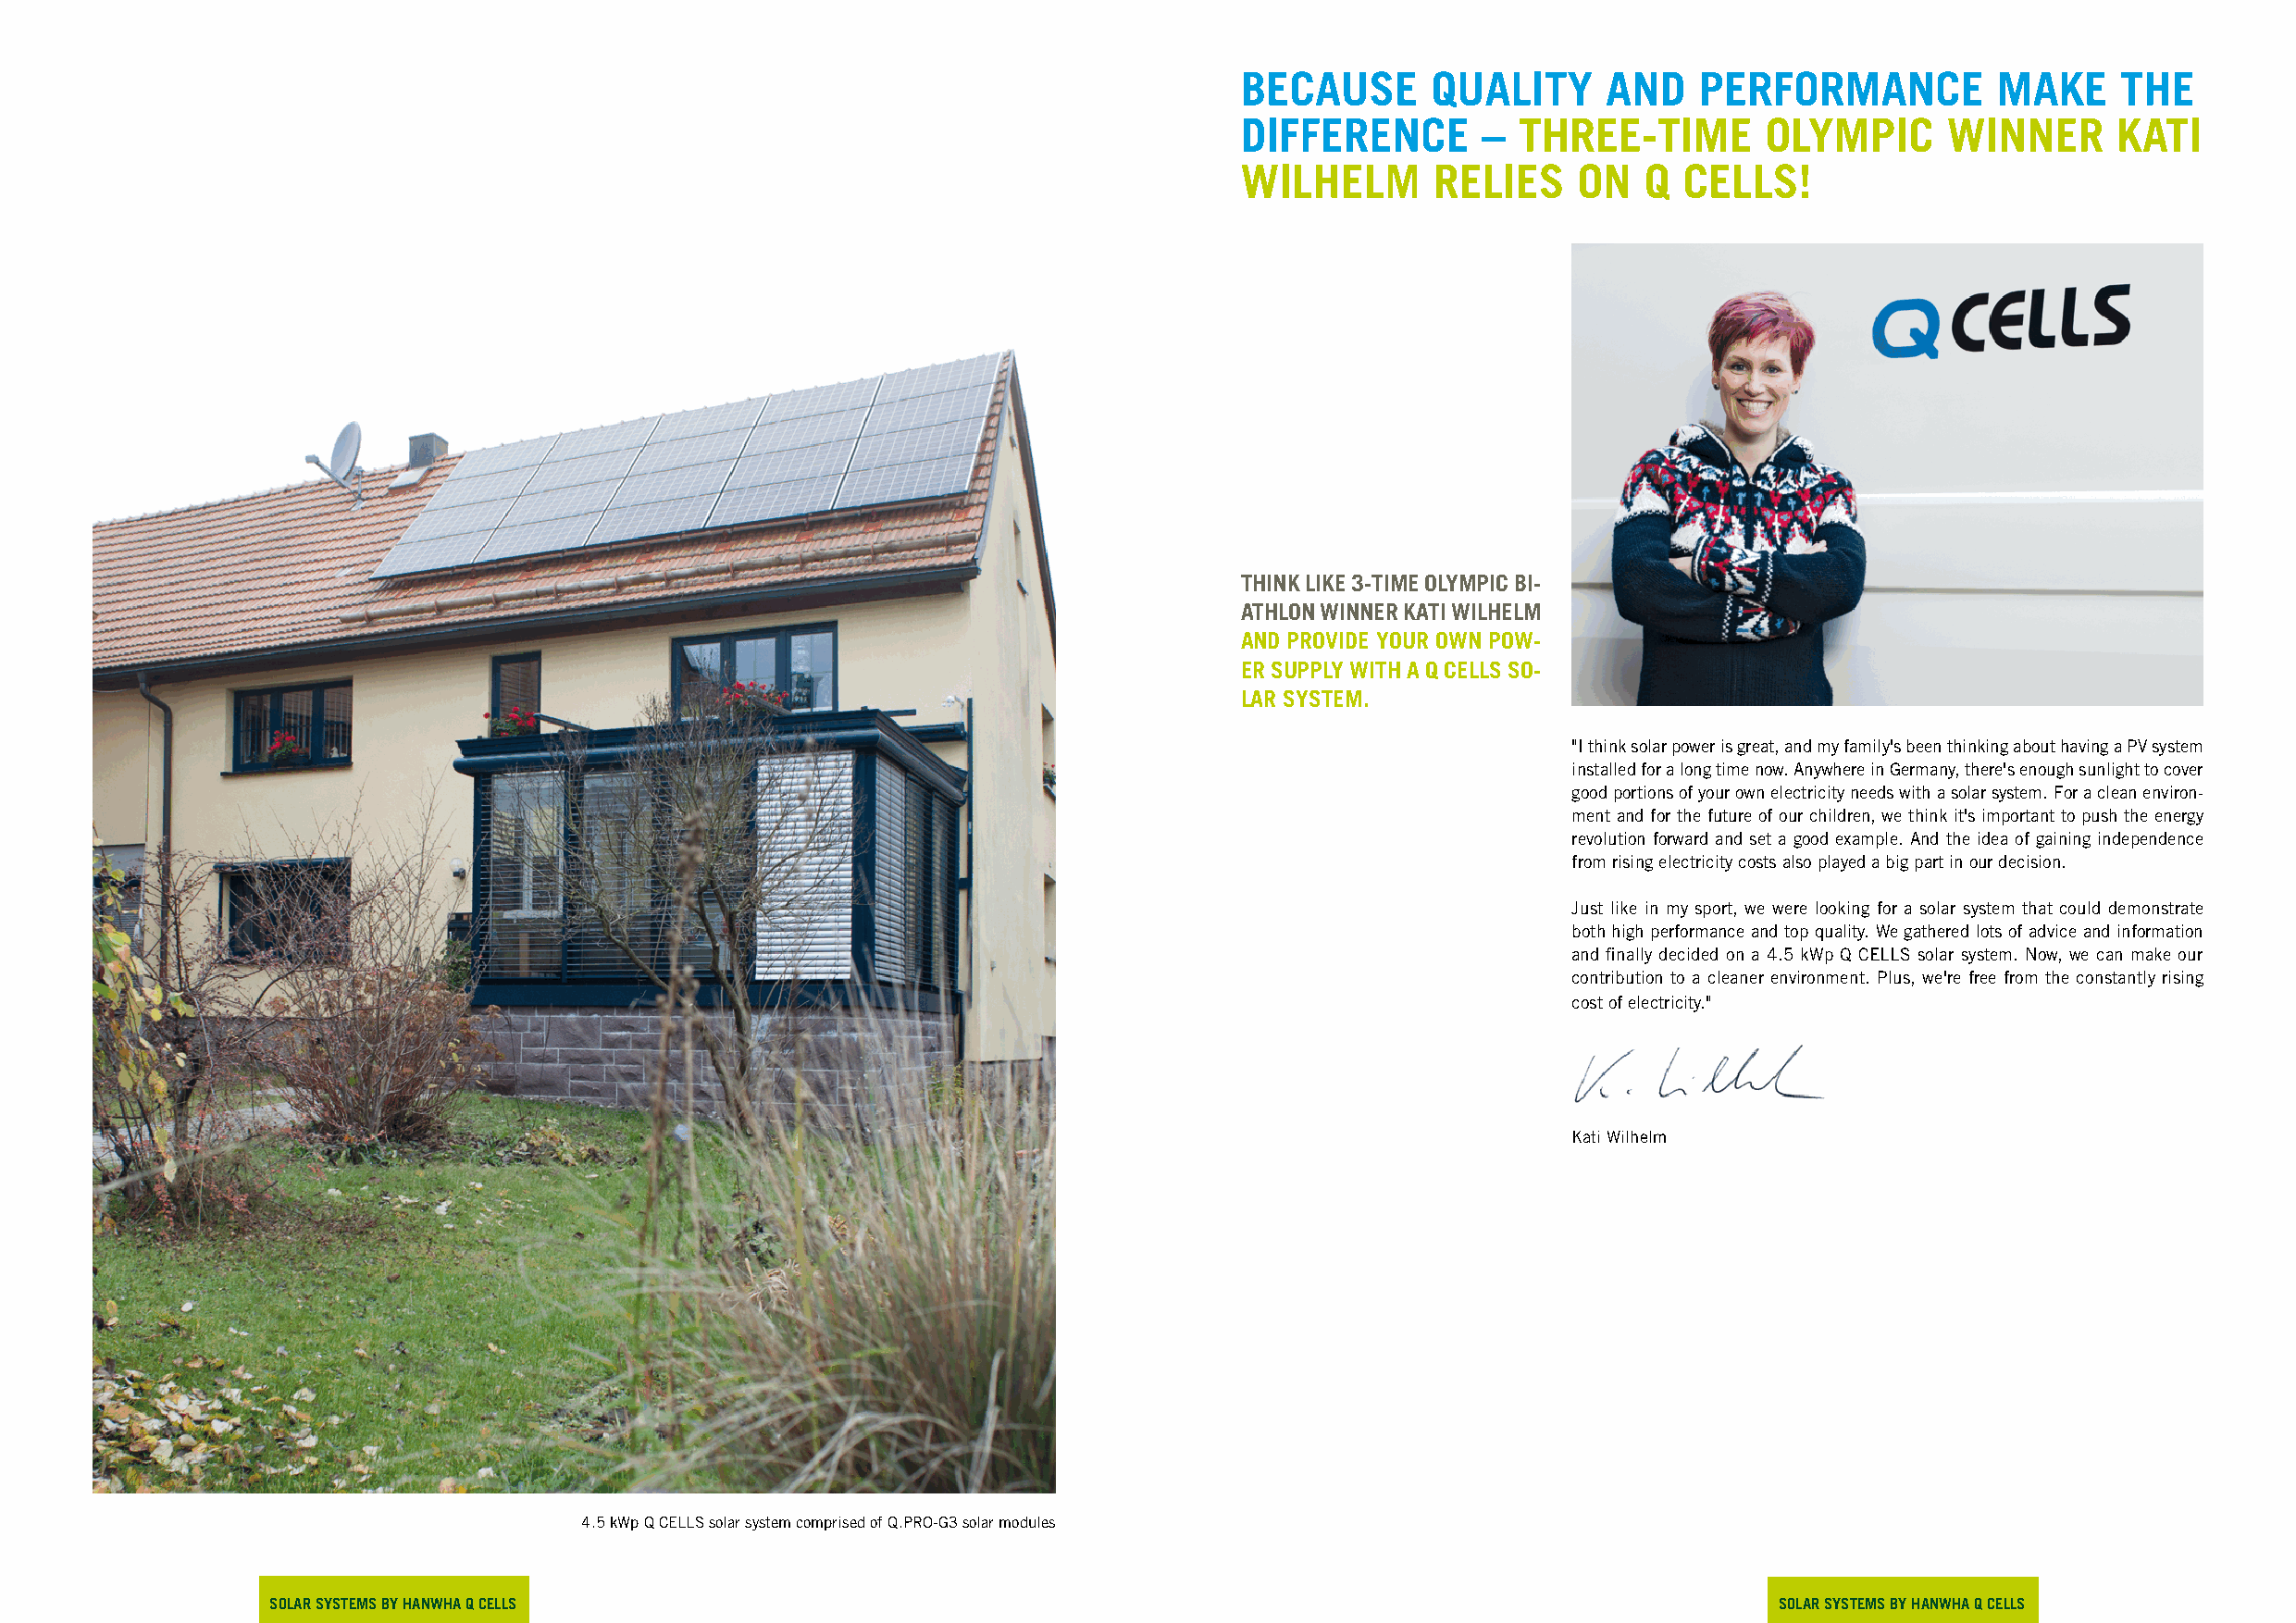
BecauSe      quality      and   performance           maKe     tHe
 difference       –  tHree-time       olympic      winner      Kati
 wilHelm       relieS    on   q cellS!
 tHinK liKe 3-time olympic Bi-
 atHlon winner Kati wilHelm
 and provide your own pow-
 er Supply witH a q cellS So-
 lar SyStem.
 "I think solar power is great, and my family's been thinking about having a PV system
 installed for a long time now. Anywhere in Germany, there's enough sunlight to cover
 good portions of your own electricity needs with a solar system. For a clean environ-
 ment and for the future of our children, we think it's important to push the energy
 revolution forward and set a good example. And the idea of gaining independence
 from rising electricity costs also played a big part in our decision.
 Just like in my sport, we were looking for a solar system that could demonstrate
 both high performance and top quality. We gathered lots of advice and information
 and finally decided on a 4.5 kWp Q CELLS solar system. Now, we can make our
 contribution to a cleaner environment. Plus, we're free from the constantly rising
 cost of electricity."
 Kati Wilhelm
 4.5 kWp Q CELLS solar system comprised of Q.PRO-G3 solar modules
 Solar SyStemS By HanwHa q cellS                                                                             Solar SyStemS by HanwHa q cellS